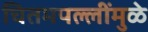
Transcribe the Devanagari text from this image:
चितमपल्लींमुळे